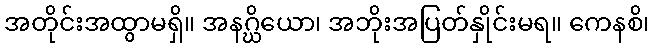
အတိုင်းအထွာမရှိ။ အနဂ္ဃိယော၊ အဘိုးအပြတ်နှိုင်းမရ။ ကေနစိ၊